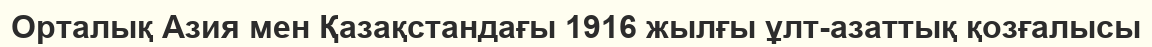
Орталық Азия мен Қазақстандағы 1916 жылғы ұлт-азаттық қозғалысы